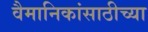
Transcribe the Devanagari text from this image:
वैमानिकांसाठीच्या